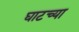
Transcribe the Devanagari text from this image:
घाटच्या